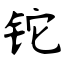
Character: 铊